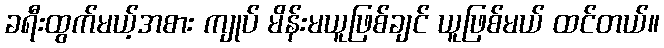
ခရီးထွက်မယ့်အစား ကျုပ် မိန်းမယူဖြစ်ချင် ယူဖြစ်မယ် ထင်တယ်။